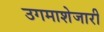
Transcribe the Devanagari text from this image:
उगमाशेजारी